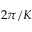
2 \pi / K